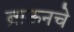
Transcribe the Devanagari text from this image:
ब्राऊनचेेे